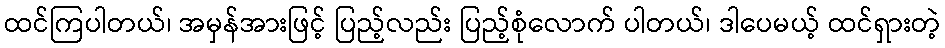
ထင်ကြပါတယ်၊ အမှန်အားဖြင့် ပြည့်လည်း ပြည့်စုံလောက် ပါတယ်၊ ဒါပေမယ့် ထင်ရှားတဲ့